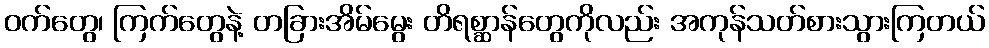
ဝက်တွေ၊ ကြက်တွေနဲ့ တခြားအိမ်မွေး တိရစ္ဆာန်တွေကိုလည်း အကုန်သတ်စားသွားကြတယ်